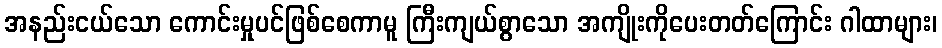
အနည်းငယ်သော ကောင်းမှုပင်ဖြစ်စေကာမူ ကြီးကျယ်စွာသော အကျိုးကိုပေးတတ်ကြောင်း ဂါထာများ၊